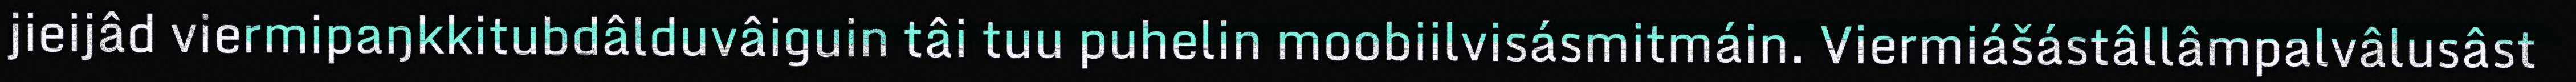
jieijâd viermipaŋkkitubdâlduvâiguin tâi tuu puhelin moobiilvisásmitmáin. Viermiášástâllâmpalvâlusâst